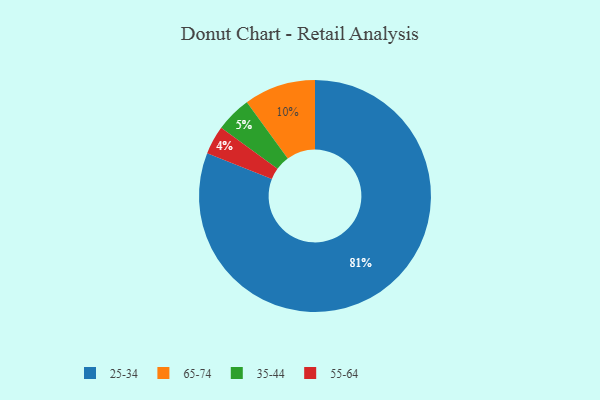
{"axis": {"x": "Category", "y": "Percentage"}, "legend": ["25-34", "35-44", "55-64", "65-74"], "data": [{"x": "35-44", "y": 5, "type": "35-44"}, {"x": "55-64", "y": 4, "type": "55-64"}, {"x": "25-34", "y": 81, "type": "25-34"}, {"x": "65-74", "y": 10, "type": "65-74"}]}